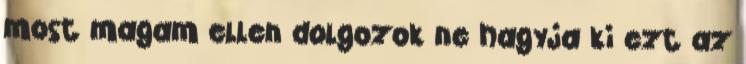
most magam ellen dolgozok ne hagyja ki ezt az